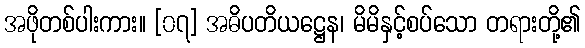
အဖိုတစ်ပါးကား။ [၀၇] အဓိပတိယဋ္ဌေန၊ မိမိနှင့်စပ်သော တရားတို့၏